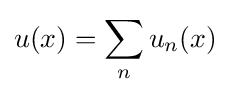
u(x)=\sum _{n}u_{n}(x)